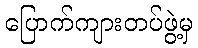
ပြောက်ကျားတပ်ဖွဲ့မှ